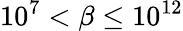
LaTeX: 10^{7}<\beta\le 10^{12}